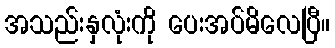
အသည်းနှလုံးကို ပေးအပ်မိလေပြီ။